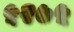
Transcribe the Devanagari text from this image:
५२७५